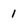
Character: 1